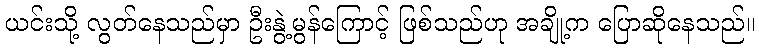
ယင်းသို့ လွတ်နေသည်မှာ ဦးနွဲ့မွန်ကြောင့် ဖြစ်သည်ဟု အချို့က ပြောဆိုနေသည်။